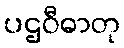
ပဌဝီဓာတု